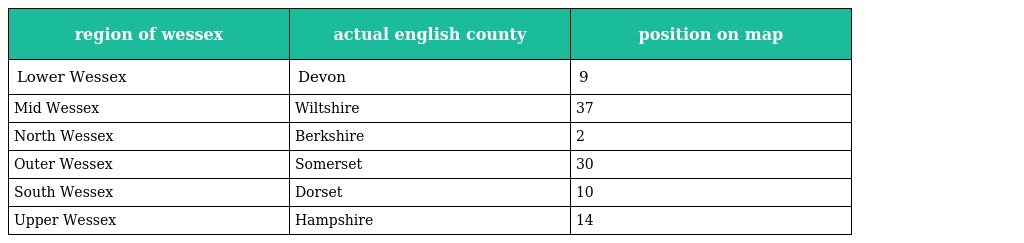
| region of wessex | actual english county | position on map |
 | --- | --- | --- |
 | Lower Wessex | Devon | 9 |
 | Mid Wessex | Wiltshire | 37 |
 | North Wessex | Berkshire | 2 |
 | Outer Wessex | Somerset | 30 |
 | South Wessex | Dorset | 10 |
 | Upper Wessex | Hampshire | 14 |